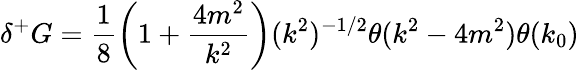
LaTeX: \delta^{+}G=\frac{1}{8}\left(1+\frac{4m^{2}}{k^{2}}\right)(k^{2})^{-1/2}\theta(k^{2}-4m^{2})\theta(k_{0})